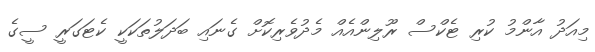
މިއަދު އާންމު ކުރި ޓެކްސް ރޫލިންއެއް މެދުވެރިކޮށް ގެނައި ބަދަލުތަކަކީ ކެޓަގަރީ ސީގެ